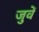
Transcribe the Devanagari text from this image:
जुवें